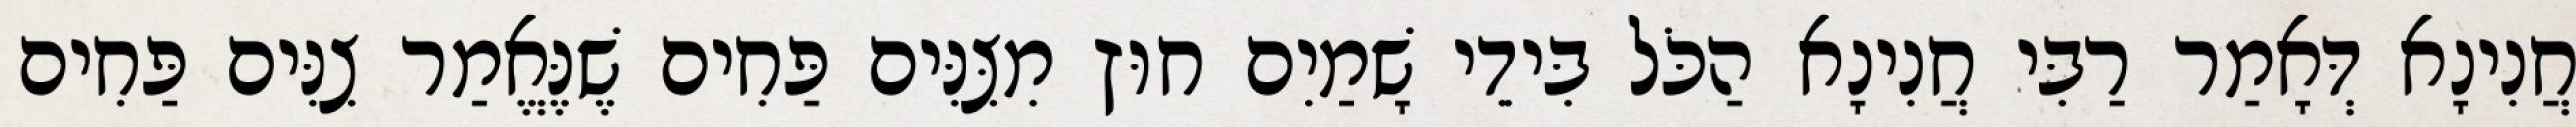
חֲנִינָא דְּאָמַר רַבִּי חֲנִינָא הַכֹּל בִּידֵי שָׁמַיִם חוּץ מִצִּנִּים פַּחִים שֶׁנֶּאֱמַר צִנִּים פַּחִים